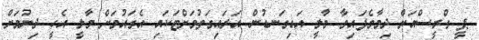
ޕީ ގްރީސްއަށް ދިމާވެފައިވާ މާލީ އަޑިގަނޑުން އަރައިގަތުމަށްޓަކައި އެގައުމަށް މާލީ އެހީ ދިނުމަށް